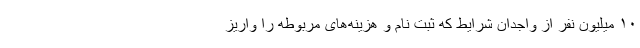
۱۰ میلیون نفر از واجدان شرایط که ثبت نام و هزینه‌های مربوطه را واریز